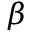
\beta